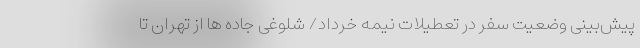
پیش‌بینی وضعیت سفر در تعطیلات نیمه خرداد/ شلوغی جاده ها از تهران تا